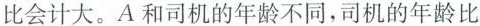
比会计大。A和司机的年龄不同，司机的年龄比